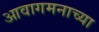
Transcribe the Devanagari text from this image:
आवागमनाच्या